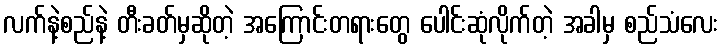
လက်နဲ့စည်နဲ့ တီးခတ်မှဆိုတဲ့ အကြောင်းတရားတွေ ပေါင်းဆုံလိုက်တဲ့ အခါမှ စည်သံလေး